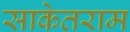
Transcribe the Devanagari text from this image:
साकेतराम